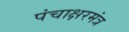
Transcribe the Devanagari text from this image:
पंचाक्षरमंत्र